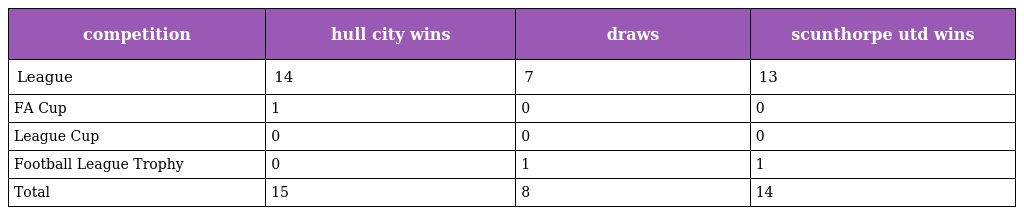
| competition | hull city wins | draws | scunthorpe utd wins |
 | --- | --- | --- | --- |
 | League | 14 | 7 | 13 |
 | FA Cup | 1 | 0 | 0 |
 | League Cup | 0 | 0 | 0 |
 | Football League Trophy | 0 | 1 | 1 |
 | Total | 15 | 8 | 14 |